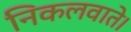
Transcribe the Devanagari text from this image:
निकलवाते।